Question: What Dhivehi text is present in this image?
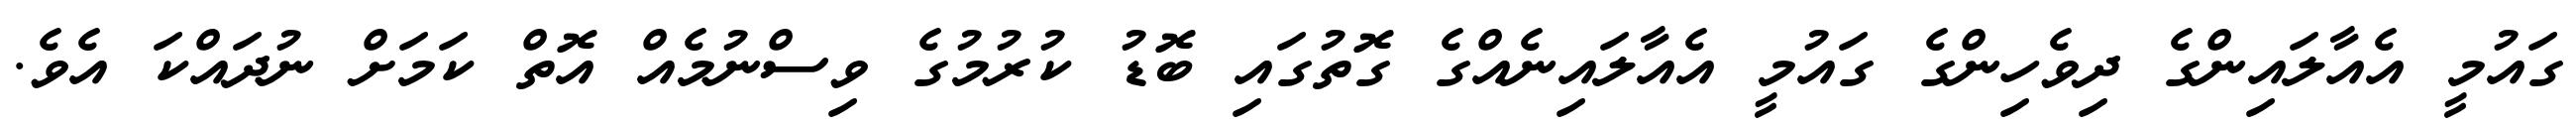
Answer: ގައުމީ އެއާލައިންގެ ދިވެހިންގެ ގައުމީ އެއާލައިނެއްގެ ގޮތުގައި ބޮޑު ކުރުމުގެ ވިސްނުމެއް އޮތް ކަމަށް ނުދައްކަ އެވެ.